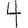
Digit: 4